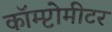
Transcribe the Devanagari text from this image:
कॉम्प्टोमीटर